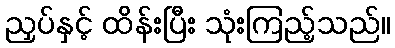
ညှပ်နှင့် ထိန်းပြီး သုံးကြည့်သည်။